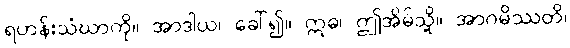
ရဟန်းသံဃာကို။ အာဒါယ၊ ခေါ်၍။ ဣဓ၊ ဤအိမ်သို့။ အာဂမိဿတိ၊